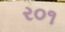
ર૦૧